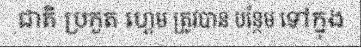
ជាតិ ប្រកួត ហ្គេម ត្រូវបាន បន្ថែម ទៅក្នុង